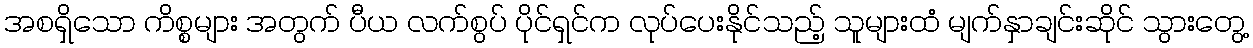
အစရှိသော ကိစ္စများ အတွက် ပီယ လက်စွပ် ပိုင်ရှင်က လုပ်ပေးနိုင်သည့် သူများထံ မျက်နှာချင်းဆိုင် သွားတွေ့